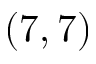
( 7 , 7 )